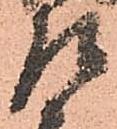
左